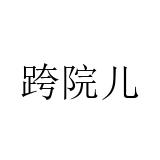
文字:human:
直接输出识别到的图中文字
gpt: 跨院儿